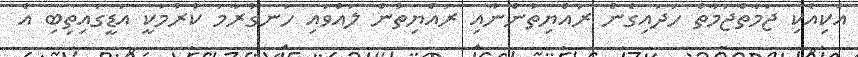
އެކިއެކި ޖަމާތްޖަމާތް ހަދައިގެން ރައްޔިތުންނާއި ރައްޔިތުން ލައްވައި ހަނގުރާމަ ކުރުމަކީ އަޑީގައިތިބި އެ